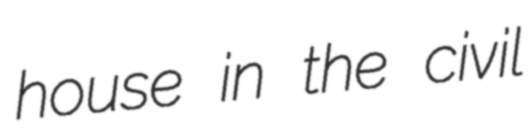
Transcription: house in the civil